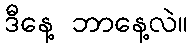
ဒီနေ့ ဘာနေ့လဲ။